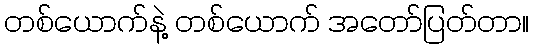
တစ်ယောက်နဲ့ တစ်ယောက် အတော်ပြတ်တာ။